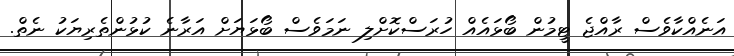
އަނެއްކާވެސް ރާއްޖެ ޓީމުން ބޯޅައެއް ހުރަސްކޮށްލި ނަމަވެސް ބޯޅަޔަށް އަރާނެ ކުޅުންތެރިޔަކު ނެތް.